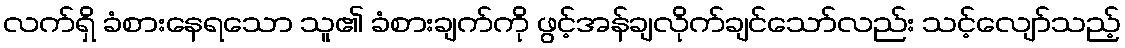
လက်ရှိ ခံစားနေရသော သူ၏ ခံစားချက်ကို ဖွင့်အန်ချလိုက်ချင်သော်လည်း သင့်လျော်သည့်